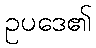
ဥပဒေ၏